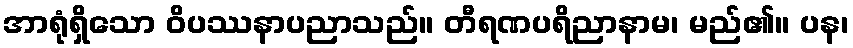
အာရုံရှိသော ဝိပဿနာပညာသည်။ တီရဏပရိညာနာမ၊ မည်၏။ ပန၊